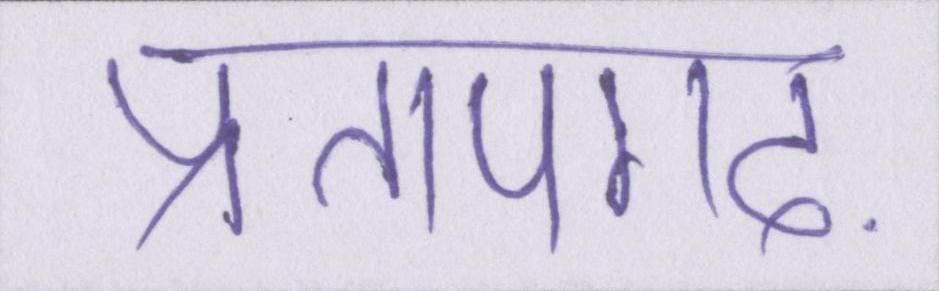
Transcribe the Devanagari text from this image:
प्रतापगढ़